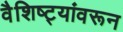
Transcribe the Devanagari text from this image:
वैशिष्ट्यांवरून